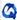
Text: Q